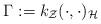
LaTeX: \begin{align*}\Gamma := k_{\mathcal{Z}}(\cdot,\cdot)_{\mathcal{H}}\end{align*}